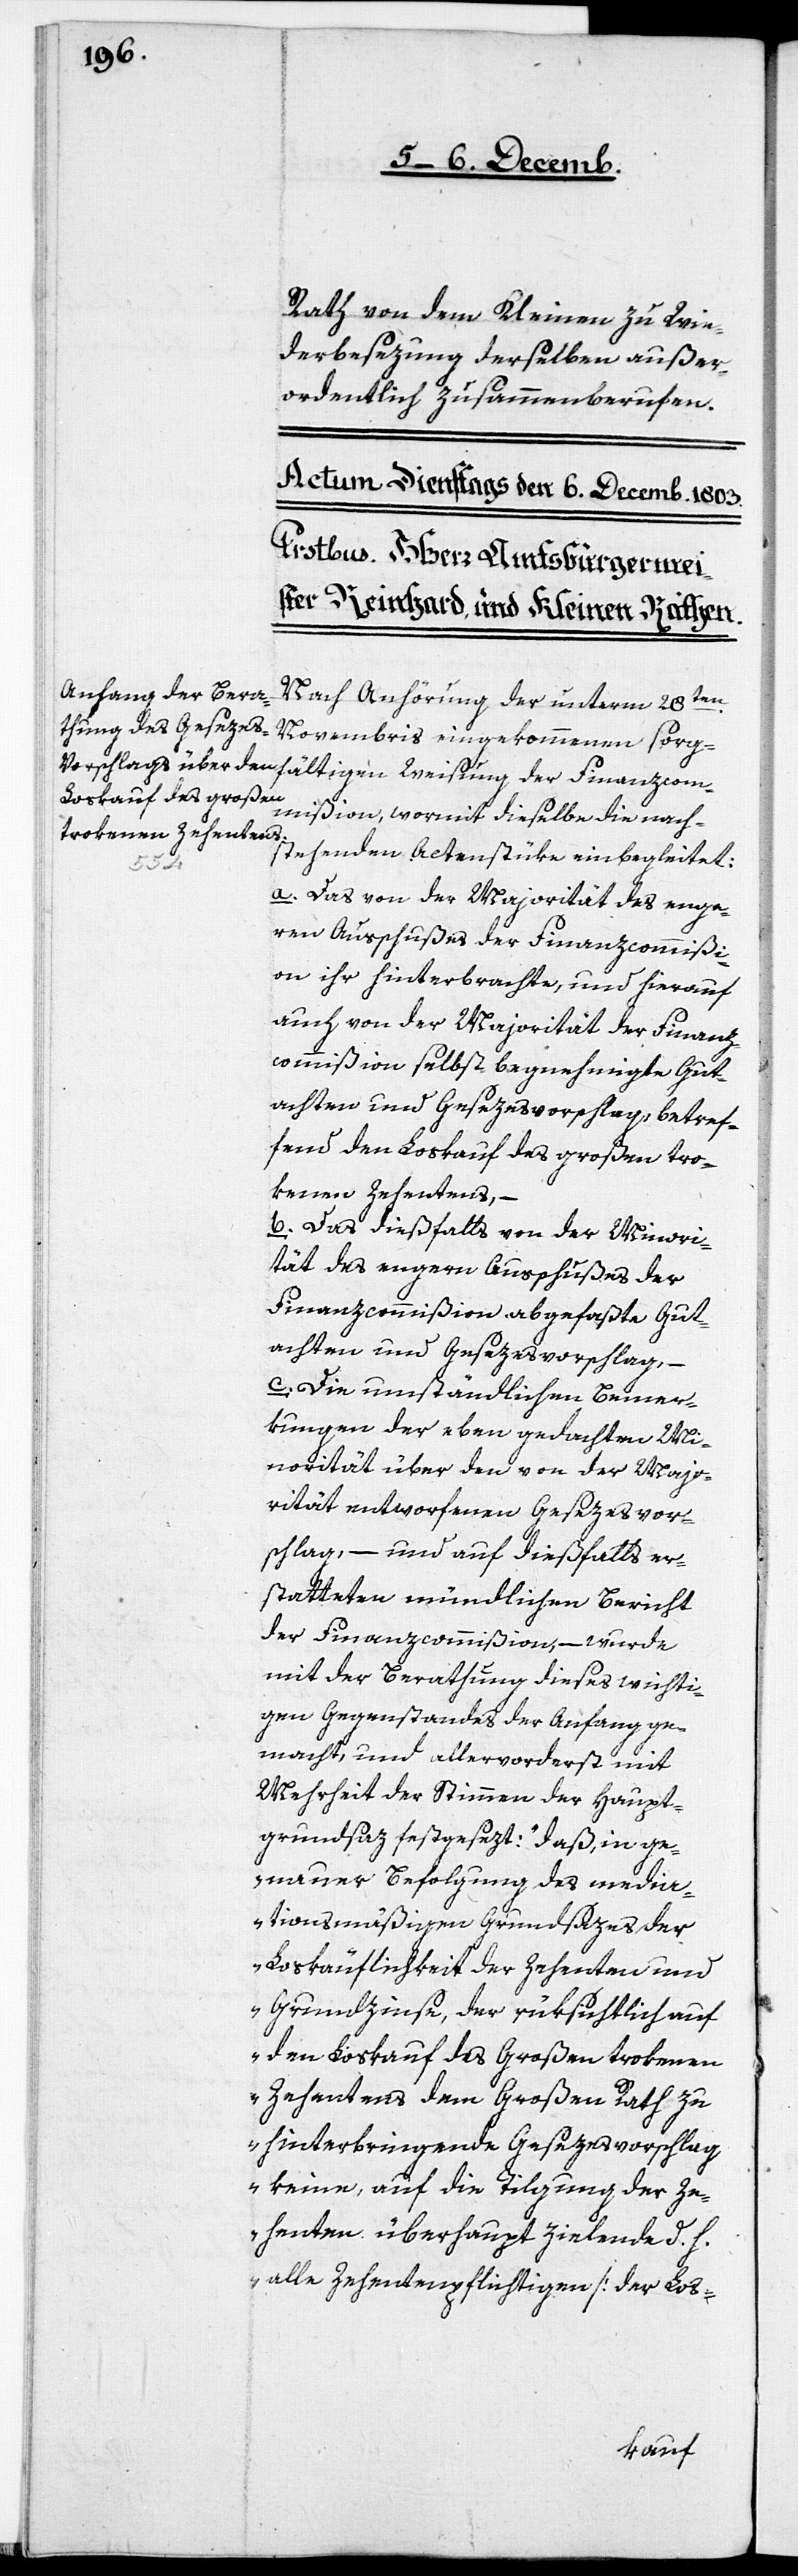
Rath von dem Kleinen zu Wie¬
derbesezung derselben außer¬
ordentlich zusammenberufen.
Nach Anhörung der unterm 28ten.
Novembris eingekommenen sorg¬
mißion, wormit dieselbe die nach¬
stehenden Actenstüke einbegleitet:
com¬
a. Das von der Majorität des enge¬
ren Ausschußes der Finanzcommißi¬
on ihr hinterbrachte, und hierauf
auch von der Majorität der Finanzc¬
ommißion selbst begnehmigte Gut¬
achten und Gesezesvorschlag, betref¬
fend den Loskauf des großen tro¬
kenen Zehentens, –
b. Das dießfalls von der Minori¬
tät des engeren Ausschußes der
Finanzcommißion abgefaßte Gut¬
achten und Gesezesvorschlag, –
c. Die umständlichen Bemer¬
kungen der eben gedachten Mi¬
norität über den von der Majo¬
rität entworfenen Gesezesvor¬
schlag, – und auf dießfalls er¬
statteten mündlichen Bericht
der Finanzcommißion, – wurde
mit der Berathung dieses wichti¬
gen Gegenstandes der Anfang ge¬
macht, und allervorderst mit
Mehrheit der Stimmen der Haupt¬
grundsaz festgesezt: „daß, in ge¬
nauer Befolgung des medi¬
ationsmäßigen Grundsazes der
Loskäuflichkeit der Zehenten und
Grundzinse, der rüksichtlich auf
den Loskauf des großen trokenen
Zehentens dem Großen Rath zu
hinterbringende Gesezesvorschlag
keine, auf die Tilgung der Ze¬
henten überhaupt zielende d. h.
alle Zehentenpflichtigen [der Los-